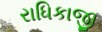
રાધિકાજી